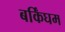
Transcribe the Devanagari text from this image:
बर्किंघम